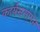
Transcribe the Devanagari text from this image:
कार्यसमापन